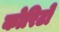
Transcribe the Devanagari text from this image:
कोरिटो